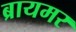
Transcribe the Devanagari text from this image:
ब्रायमर